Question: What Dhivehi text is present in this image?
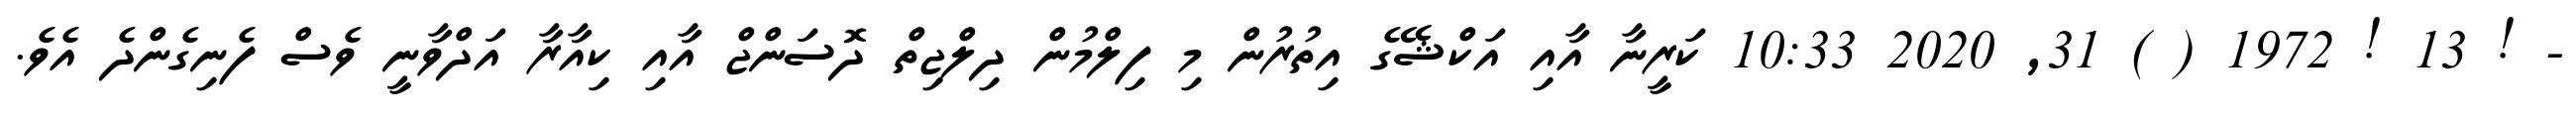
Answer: - ! 13 ! 1972 ( ) 31, 2020 10:33 ކަރީނާ އާއި އަކްޝޭގެ އިތުރުން މި ފިލްމުން ދިލްޖިތް ދޮސަންޖް އާއި ކިއާރާ އަދްވާނީ ވެސް ފެނިގެންދެ އެވެ.